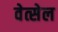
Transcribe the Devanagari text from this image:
वेत्सेल